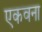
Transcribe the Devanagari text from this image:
एकवना